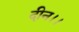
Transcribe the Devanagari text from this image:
दीन।।